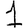
Digit: 1